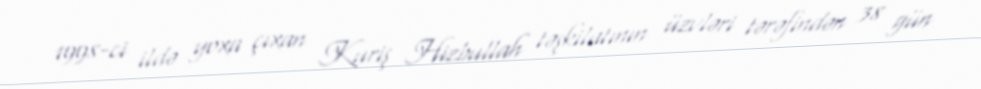
1998-ci ildə yoxa çıxan Kuriş Hizbullah təşkilatının üzvləri tərəfindən 38 gün